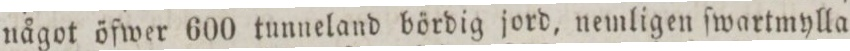
något öfwer 600 tunneland bördig jord, nemligen ſwartmylla